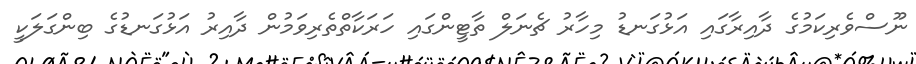
ނޫސްވެރިކަމުގެ ދާއިރާގައި އަޅުގަނޑު މިހާރު ޗެނަލް ތާޓީންގައި ހަރަކާތްތެރިވަމުން ދާއިރު އަޅުގަނޑުގެ ބިންގަލަކީ